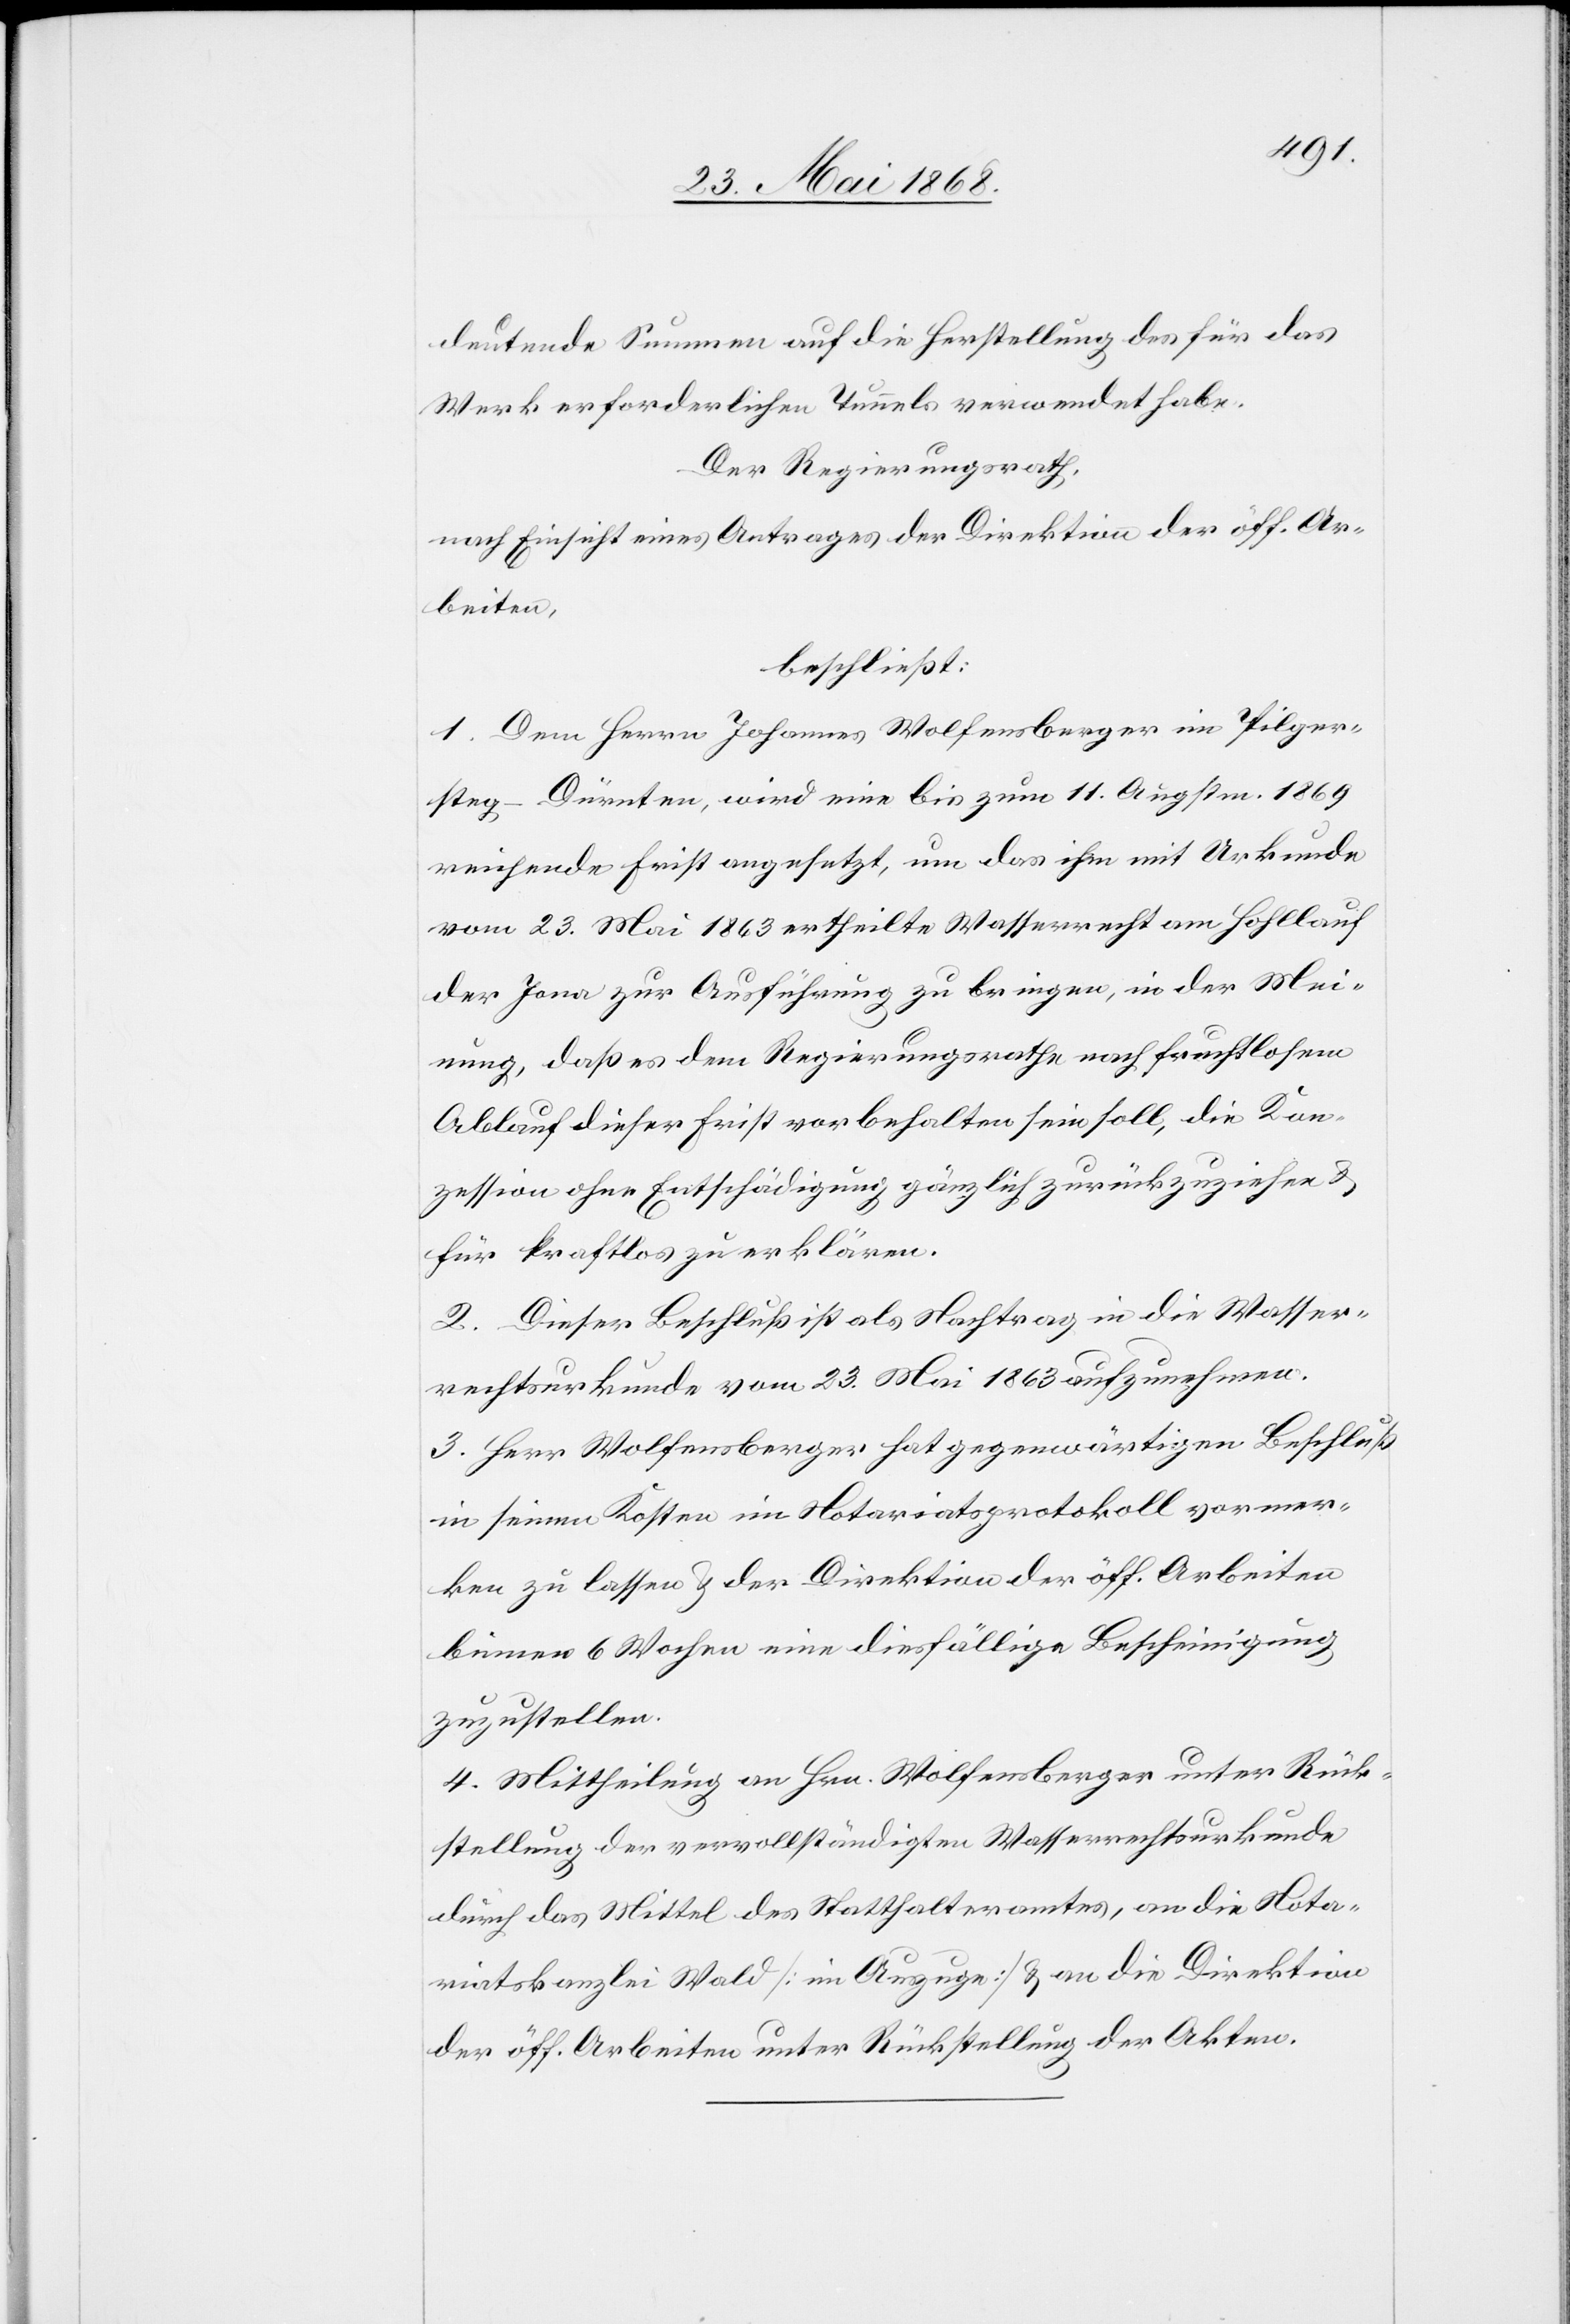
deutende Summen auf die Herstellung des für das
Werk erforderlichen Tunnels verwendet habe.
Der Regierungsrath,
nach Einsicht eines Antrages der Direktion der öff. Ar¬
beiten,
beschließt:
1. Dem Herrn Johannes Wolfensberger im Pilger¬
steg-Dürnten, wird eine bis zum 11. Augstm. 1869
reichende Frist angesetzt, um das ihm mit Urkunde
vom 23. Mai 1863 ertheilte Wasserrecht am Hohllauf
der Jona zur Ausführung zu bringen, in der Mei¬
nung, daß es dem Regierungsrathe nach fruchtlosem
Ablauf dieser Frist vorbehalten sein soll, die Kon¬
zession ohne Entschädigung gänzlich zurückzuziehen &
für kraftlos zu erklären.
2. Dieser Beschluß ist als Nachtrag in die Wasser¬
rechtsurkunde vom 23. Mai 1863 aufzunehmen.
3. Herr Wolfensberger hat gegenwärtigen Beschluß
in seinen Kosten im Notariatsprotokoll vormer¬
ken zu lassen & der Direktion der öff. Arbeiten
binnen 6 Wochen eine diesfällige Bescheinigung
zuzustellen.
4. Mittheilung an Hrn. Wolfensberger unter Rück¬
stellung der vervollständigten Wasserrechtsurkunde
durch das Mittel des Statthalteramtes, an die Nota¬
riatskanzlei Wald [im Auszuge] & an die Direktion
der öff. Arbeiten unter Rückstellung der Akten.